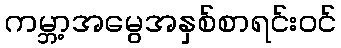
ကမ္ဘာ့အမွေအနှစ်စာရင်းဝင်